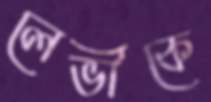
লেভীকে